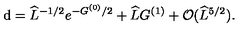
\mathrm { d } = \widehat { L } ^ { - 1 / 2 } e ^ { - G ^ { ( 0 ) } / 2 } + \widehat { L } G ^ { ( 1 ) } + { \cal O } ( \widehat { L } ^ { 5 / 2 } ) .